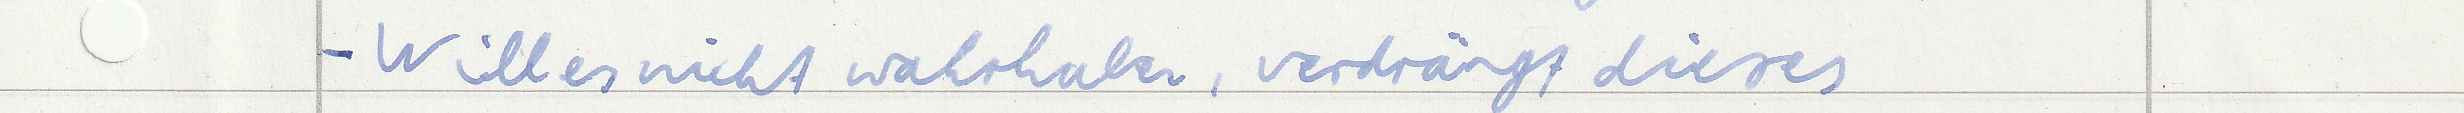
- Will es nicht wahrhaben, verdrängt dieses